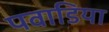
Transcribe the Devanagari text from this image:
पवाडिया